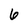
Character: 6